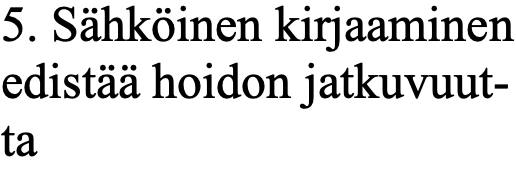
5. Sähköinen kirjaaminen edistää hoidon jatkuvuut- ta